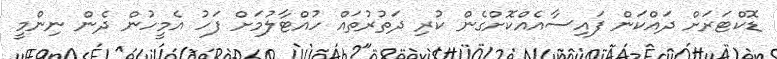
ޑޮކްޓަރަށް ދައްކަން ފައިސާއެއްކޮށްގެން ކުރި ދަތުރުތައް ހުއްޓާލުމަށް ފަހު އެމީހުން ދެން ނިންމީ